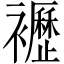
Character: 𧞿